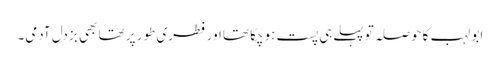
ابو لہب کاحوصلہ توپہلےہی پست ہوچکا تھااورفطری طور پر تھا بھی بزدل آدمی۔